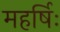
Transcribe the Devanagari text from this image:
महर्षिः